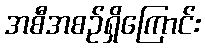
အစီအစဉ်ရှိကြောင်း